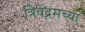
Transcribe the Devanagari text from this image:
त्रिवेंद्रमच्या